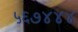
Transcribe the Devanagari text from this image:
५६७४४४